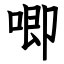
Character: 唧